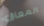
المعاق